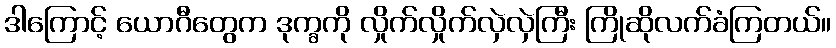
ဒါကြောင့် ယောဂီတွေက ဒုက္ခကို လှိုက်လှိုက်လှဲလှဲကြီး ကြိုဆိုလက်ခံကြတယ်။